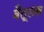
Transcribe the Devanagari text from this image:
बैतूलत्न